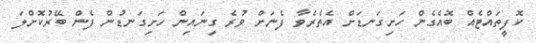
ކޮފީތައްޓެއް ބޮއެގެން ހަށިގަނޑަށް އެތެރެވާ ފެނަށް ވުރެ ގިނައިން ހަށިގަނޑުން ފެން ބޭރުކޮށްލަ